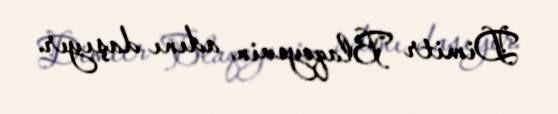
Dimitr Blaqoyevin adını daşıyır.